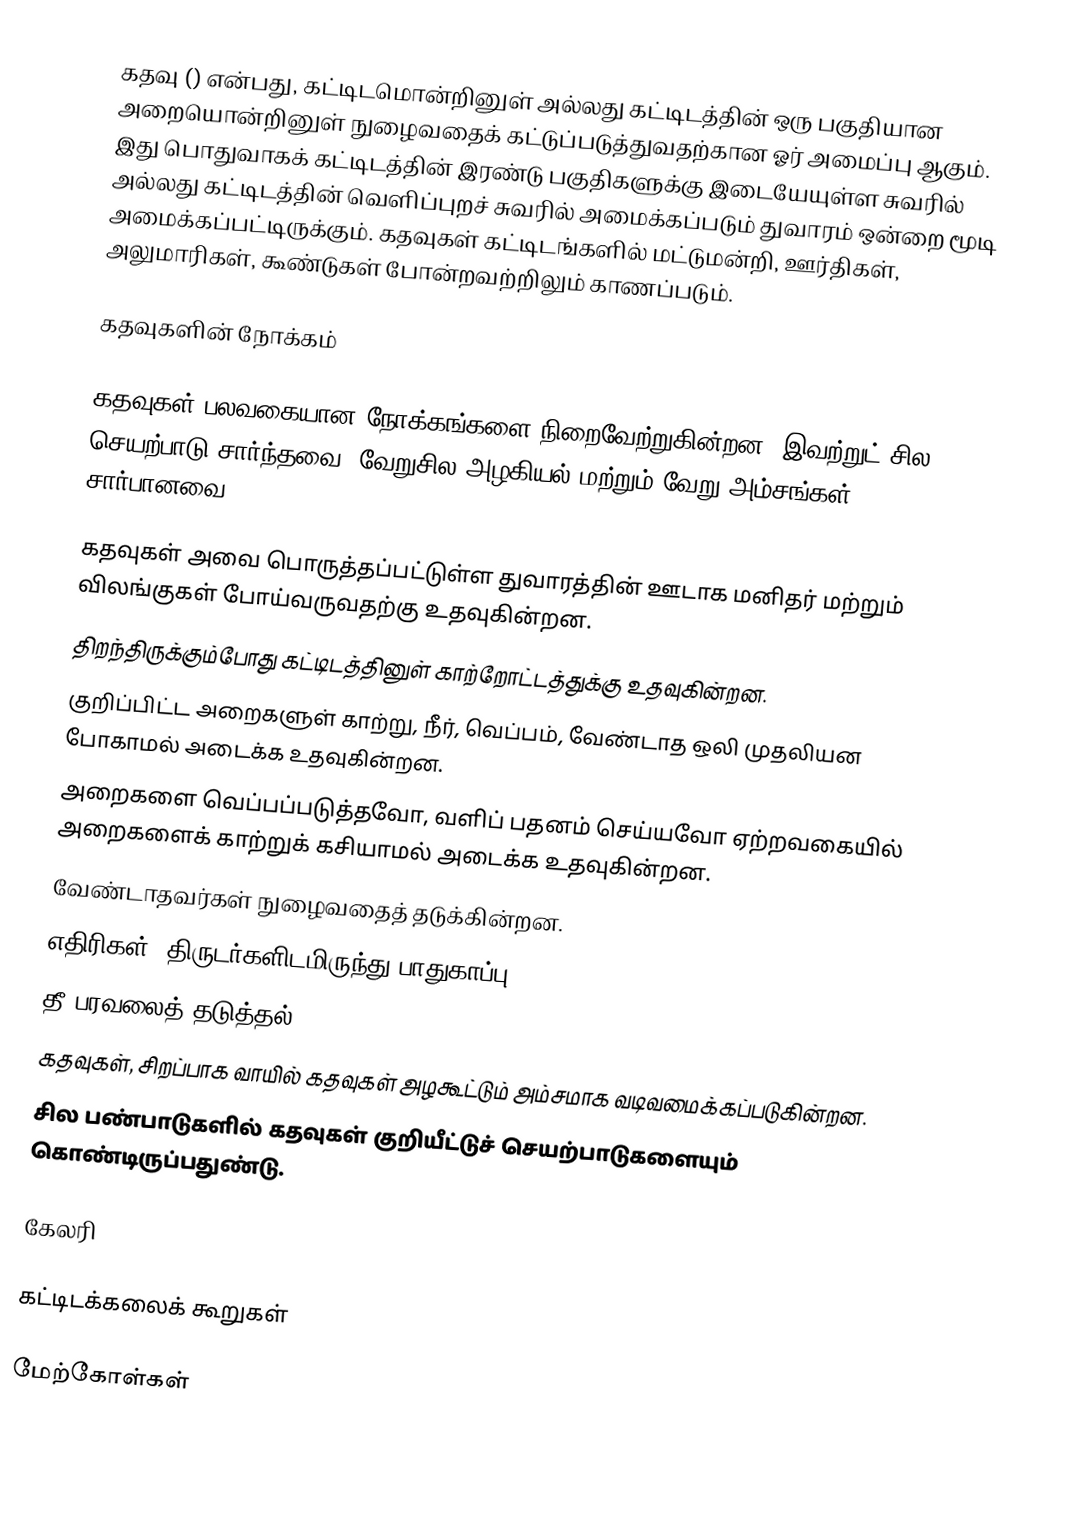
கதவு () என்பது, கட்டிடமொன்றினுள் அல்லது கட்டிடத்தின் ஒரு பகுதியான அறையொன்றினுள் நுழைவதைக் கட்டுப்படுத்துவதற்கான ஓர் அமைப்பு ஆகும். இது பொதுவாகக் கட்டிடத்தின் இரண்டு பகுதிகளுக்கு இடையேயுள்ள சுவரில் அல்லது கட்டிடத்தின் வெளிப்புறச் சுவரில் அமைக்கப்படும் துவாரம் ஒன்றை மூடி அமைக்கப்பட்டிருக்கும். கதவுகள் கட்டிடங்களில் மட்டுமன்றி, ஊர்திகள், அலுமாரிகள், கூண்டுகள் போன்றவற்றிலும் காணப்படும்.

கதவுகளின் நோக்கம்

கதவுகள் பலவகையான நோக்கங்களை நிறைவேற்றுகின்றன. இவற்றுட் சில செயற்பாடு சார்ந்தவை. வேறுசில அழகியல் மற்றும் வேறு அம்சங்கள் சார்பானவை.

 கதவுகள் அவை பொருத்தப்பட்டுள்ள துவாரத்தின் ஊடாக மனிதர் மற்றும் விலங்குகள் போய்வருவதற்கு உதவுகின்றன.
 திறந்திருக்கும்போது கட்டிடத்தினுள் காற்றோட்டத்துக்கு உதவுகின்றன.
 குறிப்பிட்ட அறைகளுள் காற்று, நீர், வெப்பம், வேண்டாத ஒலி முதலியன போகாமல் அடைக்க உதவுகின்றன.
 அறைகளை வெப்பப்படுத்தவோ, வளிப் பதனம் செய்யவோ ஏற்றவகையில் அறைகளைக் காற்றுக் கசியாமல் அடைக்க உதவுகின்றன.
 வேண்டாதவர்கள் நுழைவதைத் தடுக்கின்றன.
 எதிரிகள், திருடர்களிடமிருந்து பாதுகாப்பு.
 தீ பரவலைத் தடுத்தல்.
 கதவுகள், சிறப்பாக வாயில் கதவுகள் அழகூட்டும் அம்சமாக வடிவமைக்கப்படுகின்றன.
 சில பண்பாடுகளில் கதவுகள் குறியீட்டுச் செயற்பாடுகளையும் கொண்டிருப்பதுண்டு.

கேலரி

கட்டிடக்கலைக் கூறுகள்

மேற்கோள்கள்